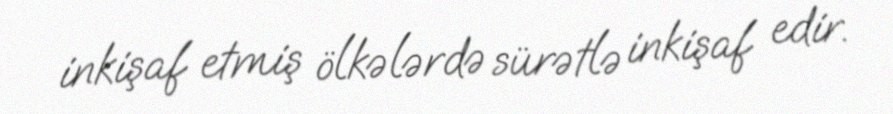
inkişaf etmiş ölkələrdə sürətlə inkişaf edir.